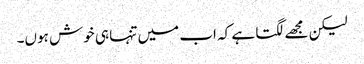
لیکن مجھے لگتا ہے کہ اب میں تنہا ہی خوش ہوں۔